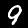
Label: 9